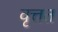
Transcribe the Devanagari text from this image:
वृत्तत